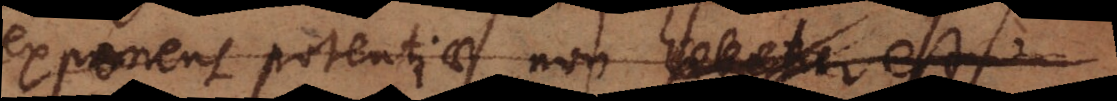
exponens potentiae non habetur est